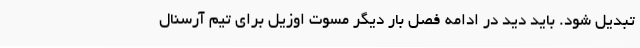
تبدیل شود. باید دید در ادامه فصل بار دیگر مسوت اوزیل برای تیم آرسنال